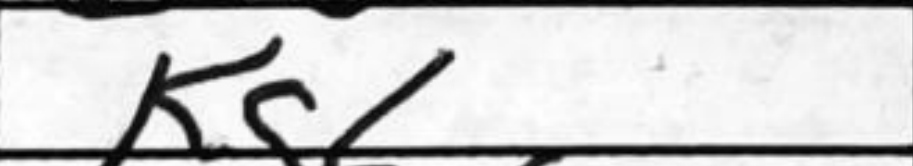
Transcription: Kg6